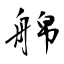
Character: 艊